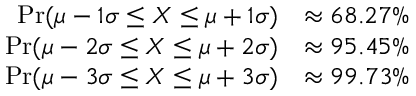
{ \begin{array} { r l } { \operatorname* { P r } ( \mu - 1 \sigma \leq X \leq \mu + 1 \sigma ) } & { \approx 6 8 . 2 7 \% } \\ { \operatorname* { P r } ( \mu - 2 \sigma \leq X \leq \mu + 2 \sigma ) } & { \approx 9 5 . 4 5 \% } \\ { \operatorname* { P r } ( \mu - 3 \sigma \leq X \leq \mu + 3 \sigma ) } & { \approx 9 9 . 7 3 \% } \end{array} }